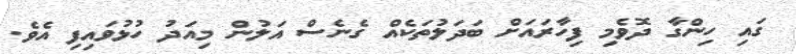
ގައި ހިންގާ ދޮވެމި ފިހާރައަށް ބަދަލުތަކެއް ގެނެސް އަލުން މިއަދު ހުޅުވައިފި އެވެ.